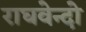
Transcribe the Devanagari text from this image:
राघवेन्दो